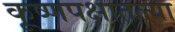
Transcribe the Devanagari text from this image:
कृ्ष्णपक्षातल्या